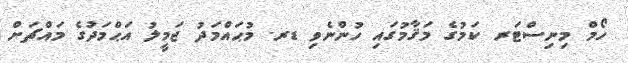
ހޯމް މިނިސްޓަރ ކަމުގެ މަޤާމުގައި ހުންނެވި ޑރ. މުޙައްމަދު ޖަމީލު އަޙްމަދުގެ މައްޗަށް